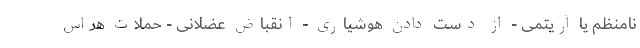
نامنظم یا آریتمی - از دست دادن هوشیاری - انقباض عضلانی - حملات هراس